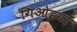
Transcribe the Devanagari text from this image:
गिओइया